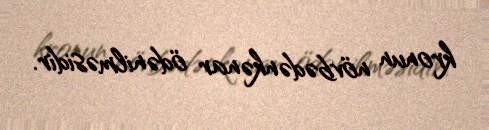
kronun növbədənkənar ödənilməsidir.